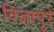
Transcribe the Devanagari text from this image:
विजापुरे